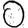
Digit: 0